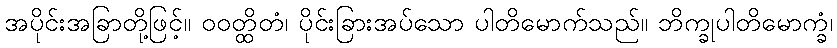
အပိုင်းအခြာတို့ဖြင့်။ ဝဝတ္ထိတံ၊ ပိုင်းခြားအပ်သော ပါတိမောက်သည်။ ဘိက္ခုပါတိမောက္ခံ၊